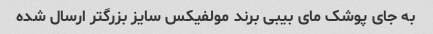
به جای پوشک مای بیبی برند مولفیکس سایز بزرگتر ارسال شده